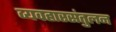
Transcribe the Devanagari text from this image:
व्यवहारसंतुलन